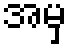
အမှ